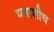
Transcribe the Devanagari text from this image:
मनाशीच